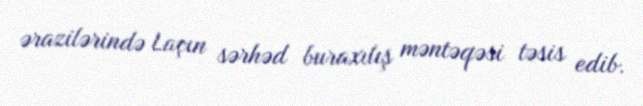
ərazilərində Laçın sərhəd buraxılış məntəqəsi təsis edib.